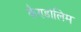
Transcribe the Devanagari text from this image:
कैण्डोलिम